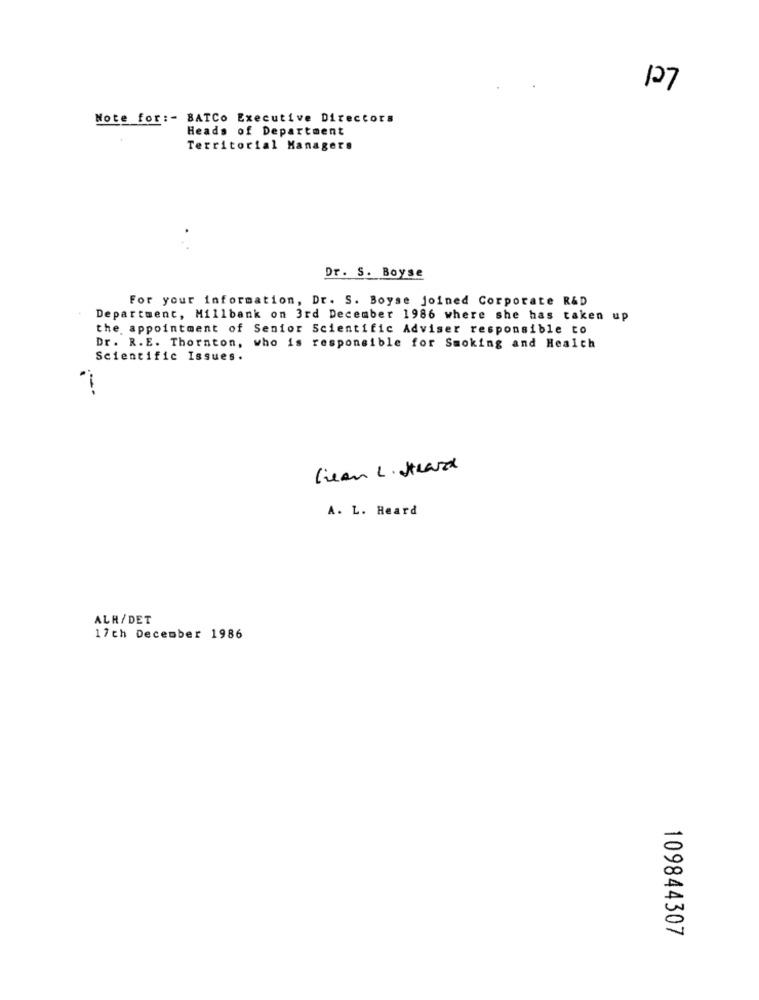
127
Note for :- BATCo Executive Directors
Heads of Department
Territorial Managers
Dr. S. Boyse
For your information, Dr. S. Boyse joined Corporate R&D
Department, Millbank on 3rd December 1986 where she has taken up
the appointment of Senior Scientific Adviser responsible to
Dr. R.E. Thornton, who is responsible for Smoking and Health
Scientific Issues.
Liean L. Strand
A. L. Heard
ALH/DET
17th December 1986
109844307